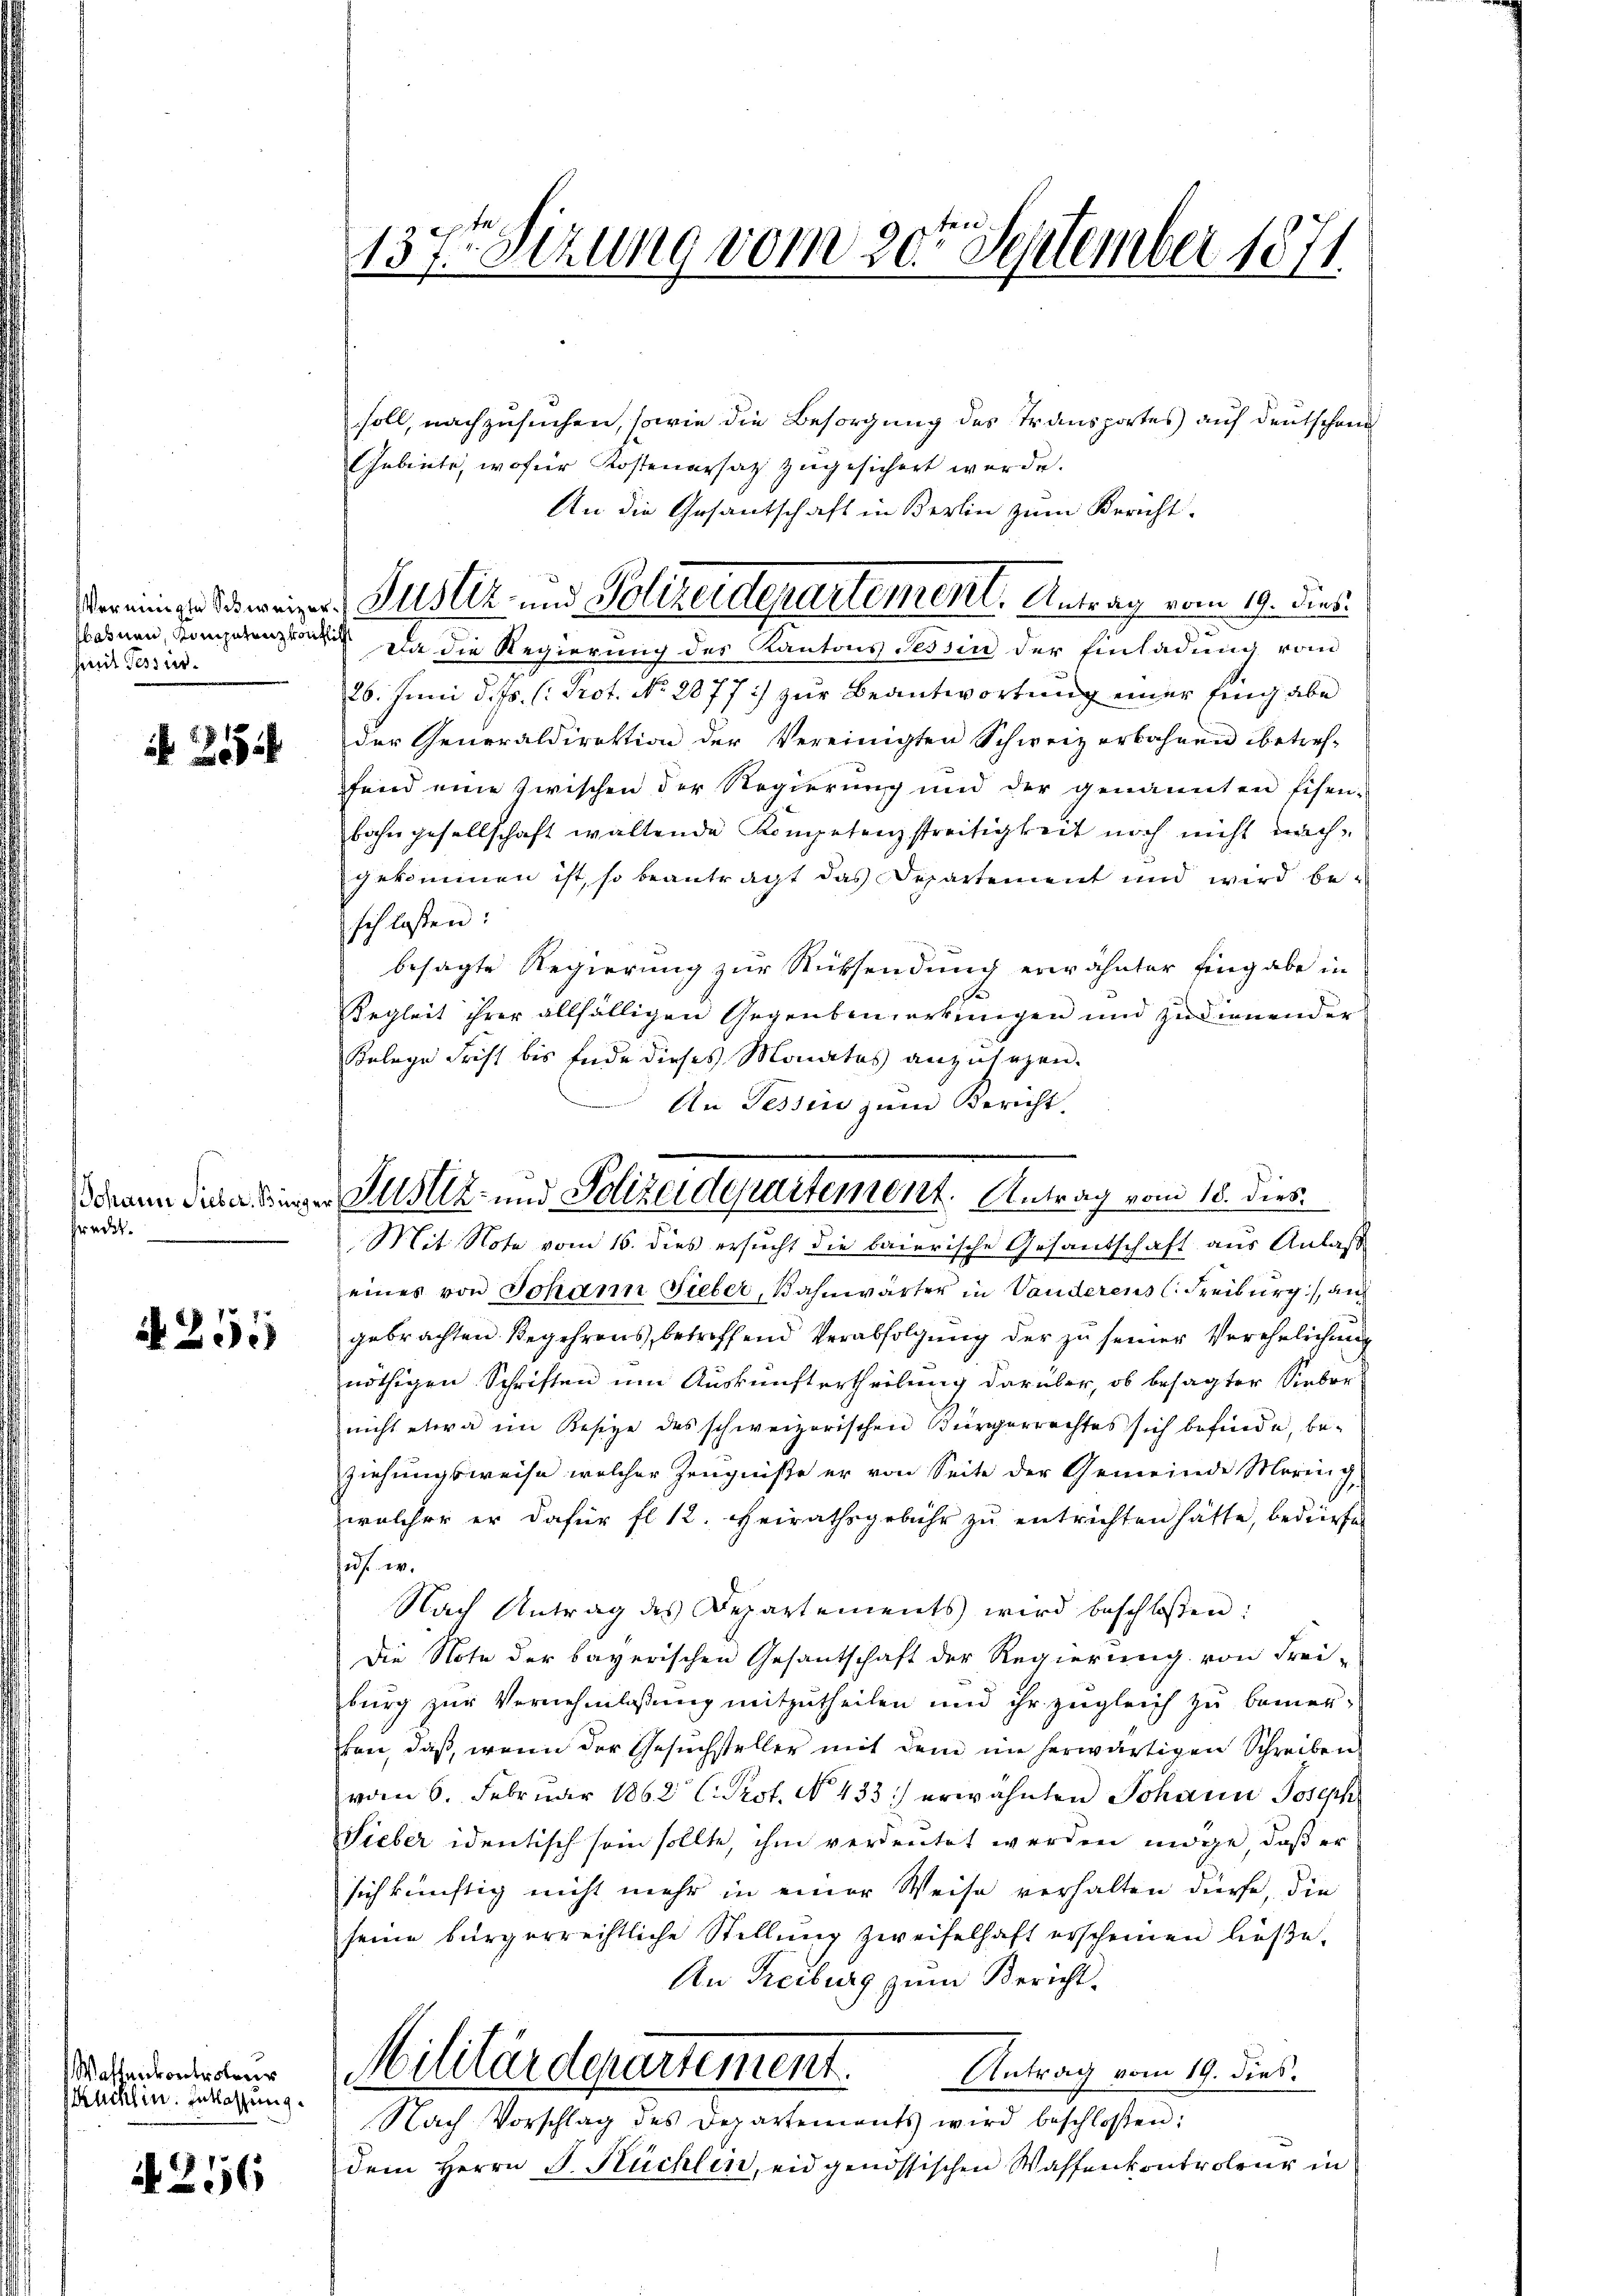
fiit Tessir¬

254

Johann Sieber. Bürge
fracht.

255

Wassenkontrolon
Kucklin. Entlassung.

N 256

137ten Sizung vom 20ten September 1871

soll, nachzusuchen, sowie die Besorgung des Transportes auf Deutschand
Gebiete, wofür Kostenersatz zugesichert werde.
An die Gesantschaft in Berlin zum Bericht.
bahnen, Kompetenzwachsich da die Regierung der Kantons Tessin der Einladung vom
26. Juni d. Js. (: Prot. No. 2077 :/ zur Beantwortung einer Eingabe
der Generaldirektion der Vereinigten Schweiz erbahnen betref-
fand eine zwischen der Regierung und der genannten Eisen-
bahngesellschaft waltende Kompetenzstreitigkeit noch nicht nachgekommen ist, so beantragt das Departement und wird beschlassen:
besagte Regierung zur Rücksendung erwähnter Eingabe in
Regleit ihrer allfälligen Gegenbemerkungen und zudienender
Belege Frist bis Ende dieses Monates anzusagen.
An Tessin zum Bericht.

eils weiger Justiz- und Polizeidepartement. Antrag vom 19. Dies

Justiz- und Polizeidepartement. Antrag vom 18. dies

Mit Note vom 16. dies ersucht die baierische Gesandschaft aus Anlaß
eines von Johann Sieber, Bahnwärter in Vanderens C. Freiburg), an
gebrachten Begehrens, betreffend Verabfolgung der zu seiner Verehelichung
nöthigen Schriften um Auskunftertheilung darüber, ob besagter Sieber
nicht etwa im Besize des schweizerischen Bürgerrechtes sich befinde, be-
ziehungsweise welcher Zeugnisse er von Seite der Gemeinde Morinc
welcher er dafür fl 12. Heirathsgebühr zu entrichten hätte, bedürfe
hus. w.
Nach Antrag des Departements wird beschlossen:
Die Note der bayerischen Gesantschaft der Regierung von Frei-
burg zur Vernehmlassung mitzutheilen und ihr zugleich zu bemerten, daß, wenn der Gesuchsteller mit dem im herwärtigen Schreiben
vom 6. Februar 1862 C. Prot. No. 433.) erwähnten Johann Joseph
Sieber identisch sein sollte, ihm verdeutet werden möge, daß er
sich künftig nicht mehr in einer Weise verhalten dürfe, die
seine bürgerrechtliche Stellŭng zweifelhaft erscheinen ließe.
An Freiburg zum Bericht
Militärdepartement.
Antrag vom 19. dies.
Nach Vorschlag des Departements wird beschlossen:
dem Herrn J. Hüchlin, eidgenössischen Waffenkontroleur in